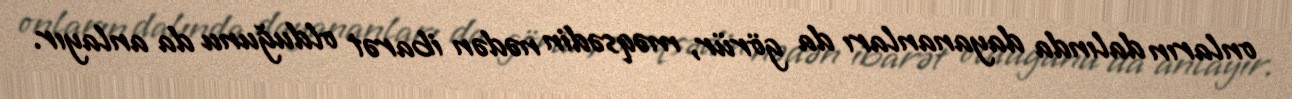
onların dalında dayananları da görür, məqsədin nədən ibarət olduğunu da anlayır.